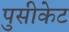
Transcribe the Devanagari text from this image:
पुसीकेट